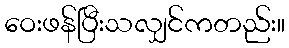
ဝေးဖန်ပြီးသလျှင်ကတည်း။